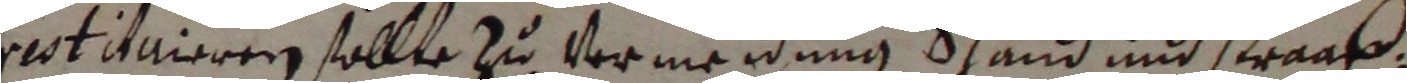
reotaneren sollte zu vermeidung schand und traaß,